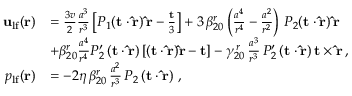
\begin{array} { r l } { { \bf u } _ { \mathrm { l f } } ( { \bf r } ) } & { = \frac { 3 v } { 2 } \frac { a ^ { 3 } } { r ^ { 3 } } \left[ P _ { 1 } ( { \bf t } \cdot { \bf \hat { r } } ) \, { \bf \hat { r } } - \frac { \bf t } { 3 } \right] + 3 \, \beta _ { 2 0 } ^ { r } \left( \frac { a ^ { 4 } } { r ^ { 4 } } - \frac { a ^ { 2 } } { r ^ { 2 } } \right) \, P _ { 2 } ( { \bf t } \cdot { \bf \hat { r } } ) \, { \bf \hat { r } } } \\ & { + \beta _ { 2 0 } ^ { r } \frac { a ^ { 4 } } { r ^ { 4 } } P _ { 2 } ^ { \prime } \left( { \bf t } \cdot { \bf \hat { r } } \right) [ ( { \bf t } \cdot { \bf \hat { r } } ) { \bf \hat { r } } - { \bf t } ] - \gamma _ { 2 0 } ^ { \, r } \, \frac { a ^ { 3 } } { r ^ { 3 } } \, P _ { 2 } ^ { \prime } \left( { \bf t } \cdot { \bf \hat { r } } \right) { \bf t } \times { \bf \hat { r } } \, , } \\ { p _ { \mathrm { l f } } ( { \bf r } ) } & { = - 2 \eta \, \beta _ { 2 0 } ^ { r } \, \frac { a ^ { 2 } } { r ^ { 3 } } \, P _ { 2 } \left( { \bf t } \cdot { \bf \hat { r } } \right) \, , } \end{array}